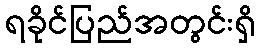
ရခိုင်ပြည်အတွင်းရှိ